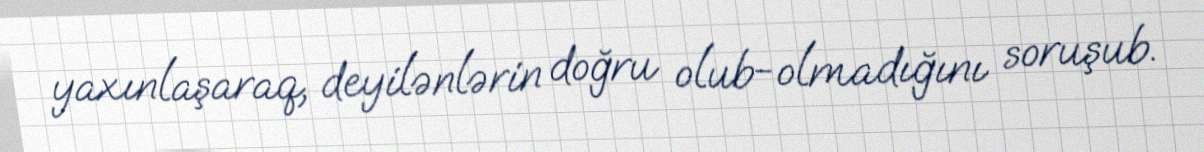
yaxınlaşaraq, deyilənlərin doğru olub-olmadığını soruşub.